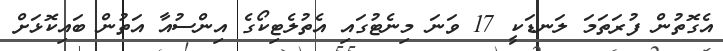
އެގޮތުން ފުރަތަމަ ލަނޑަކީ 17 ވަނަ މިނެޓުގައި އެތުލެޓިކޯގެ އިންސުއާ އަތުން ބައިކޮޅަށް